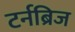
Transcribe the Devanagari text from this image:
टर्नब्रिज